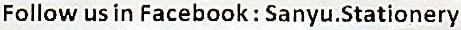
FOLLOW US IN FACEBOOK : SANYU.STATIONERY